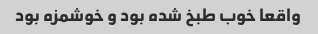
واقعا خوب طبخ شده بود و خوشمزه بود